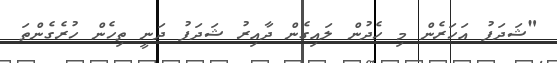
"ޝަދަފު އަހަރެން މި ހެދުން ލައިގެން ދާއިރު ޝަދަފު ދަނީ ތިހެން ހުރެގެންތަ